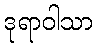
ဒုရာဝါသာ